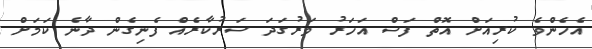
އެހެންވެ ކުރިއަށް އޮތް ފަސް އަހަރު ވަރުގަދަ ސަރުކާރެއް ފެނިގެން ދާނެ ކަމަށް